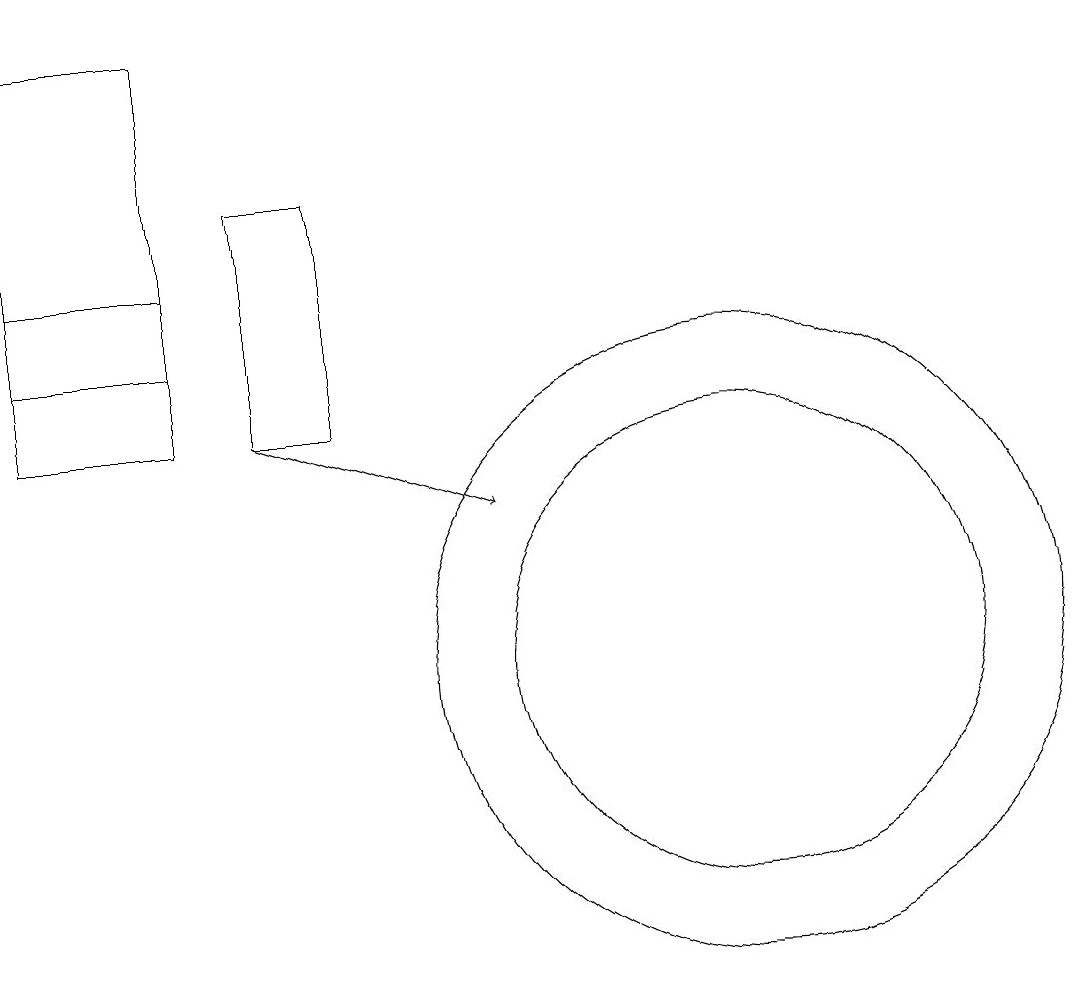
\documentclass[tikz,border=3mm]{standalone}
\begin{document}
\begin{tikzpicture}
\draw (11,10) circle (3);
\draw[->] (5,13) -- (8,12);
\draw (11,10) circle (4);
\draw (4,15) rectangle (2,13);
\draw (2,14) rectangle (4,18);
\draw (5,16) rectangle (6,13);
\draw (4,15) rectangle (2,15);
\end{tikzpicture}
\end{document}